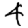
Digit: 4